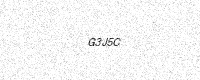
Text: G3J5C